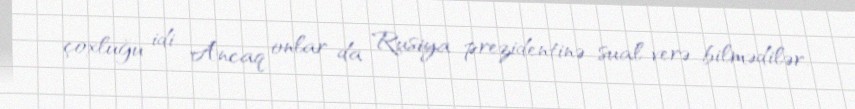
çoxluğu idi. Ancaq onlar da Rusiya prezidentinə sual verə bilmədilər.